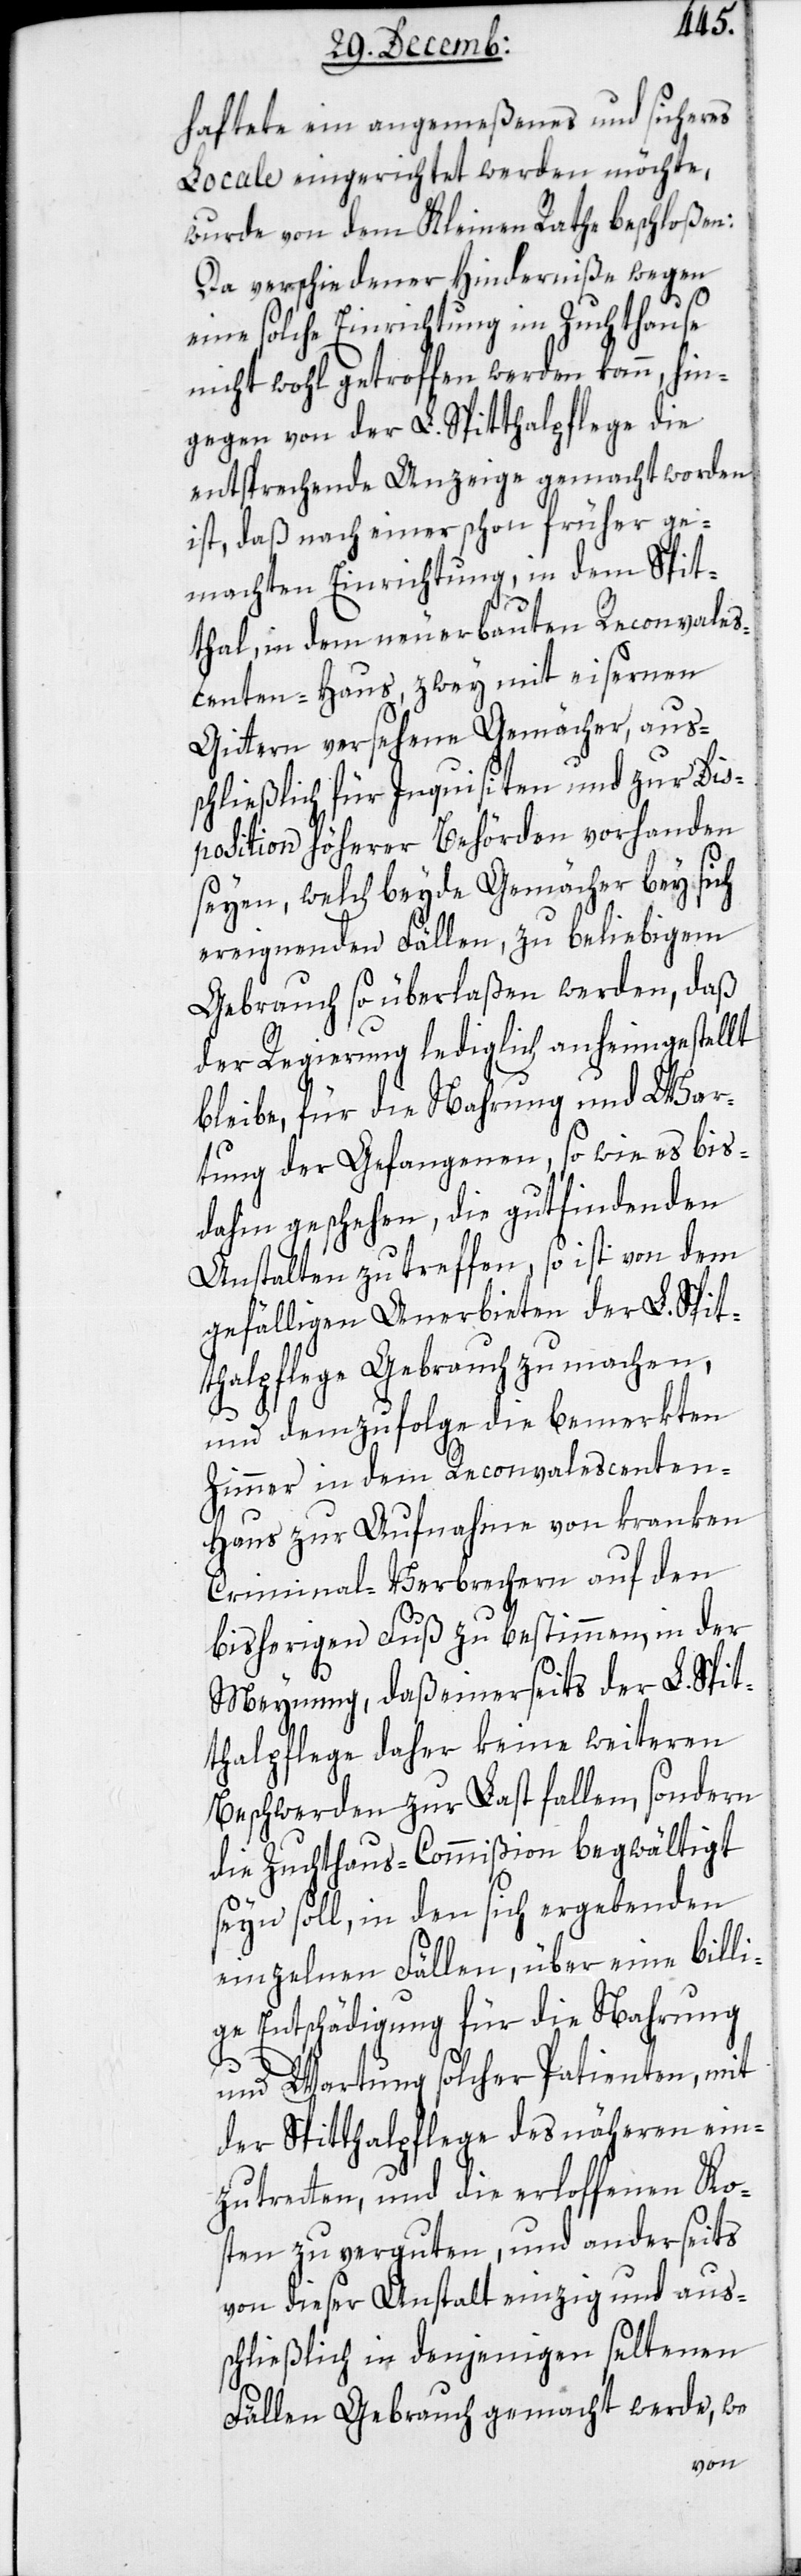
haftete ein angemeßenes und sicheres
Locale eingerichtet werden möchte,
wurde von dem Kleinen Rathe beschloßen:
Da verschiedener Hinderniße wegen
eine solche Einrichtung im Zuchthause
nicht wohl getroffen werden kann, hin¬
gegen von der L. Spitthalpflege die
entsprechende Anzeige gemacht worden
ist, daß nach einer schon früher ge¬
machten Einrichtung, in dem Spit¬
thal, in dem neu erbauten Reconvales¬
centen-Haus, zwey mit eisernen
Gittern versehene Gemächer, aus¬
schließlich für Inquisiten und zur Dis¬
position höherer Behörden vorhanden
seyen, welche beyde Gemächer bey sich
ereignenden Fällen, zu beliebigem
Gebrauch so überlaßen werden, daß
der Regierung lediglich anheim gestellt
bleibe, für die Nahrung und War¬
tung der Gefangenen, so wie es bis¬
dahin geschehen, die gut findenden
Anstalten zu treffen, so ist von dem
gefälligen Anerbieten der L. Spit¬
thalpflege Gebrauch zu machen,
und demzufolge die bemerkten
Zimmer in dem Reconvalescenten-H¬
aus zur Aufnahme von kranken
Criminal-Verbrechern auf den
bisherigen Fuß zu bestimmen, in der
Meynung, daß einerseits der L. Spit¬
thalpflege daher keine weiteren
Beschwerden zur Last fallen, sondern
die Zuchthaus-Commißion begwältigt
seyn soll, in den sich ergebenden
einzelnen Fällen, über eine billi¬
ge Entschädigung für die Nahrung
und Wartung solcher Patienten, mit
der Spitthalpflege des Näheren ein¬
zutreten, und die erloffenen Ko¬
sten zu vergüten, und anderseits
von dieser Anstalt einzig und aus¬
schließlich in denjenigen seltenen
Fällen Gebrauch gemacht werde, wo